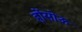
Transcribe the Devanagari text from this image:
होंसोऊ